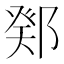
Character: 鄈